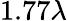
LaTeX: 1.77\lambda